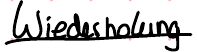
Wiederholung